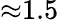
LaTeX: {\approx}1.5